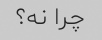
چرا نه؟